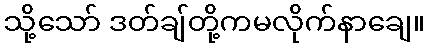
သို့သော် ဒတ်ချ်တို့ကမလိုက်နာချေ။